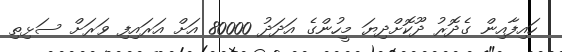
ހައިފާއިން ގެދޮރު ދޫކޮށްދިޔަ މީހުންގެ އަދަދު 80000 އަށް އަރައިފި ވަރަށް ސަޅިތި